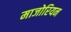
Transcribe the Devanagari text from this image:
माजोरियन